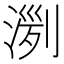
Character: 𣸟